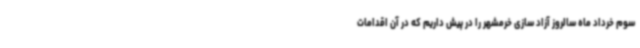
سوم خرداد ماه سالروز آزاد سازی خرمشهر را در پیش داریم که در آن اقدامات